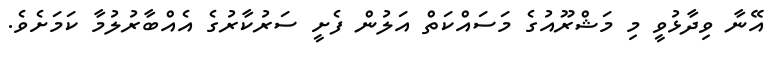
އޭނާ ވިދާޅުވީ މި މަޝްރޫއުގެ މަސައްކަތް އަލުން ފެށީ ސަރުކާރުގެ އެއްބާރުލުމާ ކަމަށެވެ.